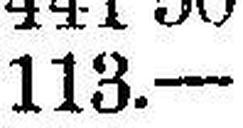
113.—